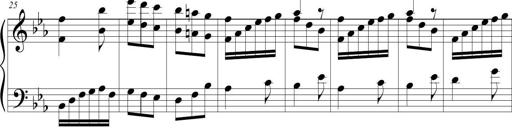
Title: Tiny Tina
Composer: Michel Rondeau
Key: E-flat major